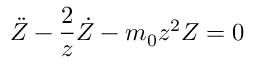
\ddot { Z } - \frac { 2 } { z } \dot { Z } - m _ { 0 } z ^ { 2 } Z = 0